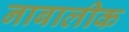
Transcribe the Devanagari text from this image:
नाबालीक